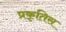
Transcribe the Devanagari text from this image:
प्रकृतिस